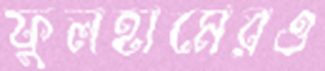
ফুলহামেরও